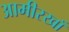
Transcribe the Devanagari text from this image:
आमीरखाँ